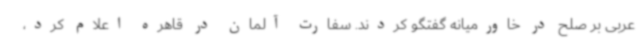
عربی بر صلح در خاورمیانه گفتگو کردند. سفارت آلمان در قاهره اعلام کرد،